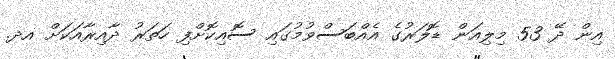
އިން ދޭ 53 މިލިއަން ޑޮލަރުގެ އެއްބަސްވުމުގައި ސޮއިކޮށްފި ހަތަރު ދާއިރާއަކަށް އދ.